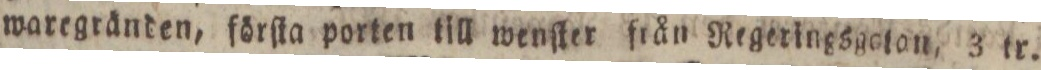
waregränden, förſta porten till wenſter från Regeringsgoſon, 3 tr.